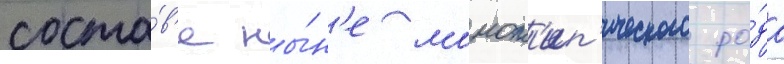
соста́в'е ны́н'е монот'ип'ического ро́да